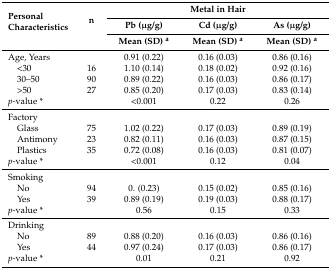
| <ROWSPAN=3> Personal Characteristics | <ROWSPAN=3> n | <COLSPAN=3> Metal in Hair |
 | Pb (μg/g) | Cd (μg/g) | As (μg/g) |
 | Mean (SD) a | Mean (SD) a | Mean (SD) a |
 | --- | --- | --- | --- | --- |
 | Age, Years |  | 0.91 (0.22) | 0.16 (0.03) | 0.86 (0.16) |
 | <30 | 16 | 1.10 (0.14) | 0.18 (0.02) | 0.92 (0.16) |
 | 30–50 | 90 | 0.89 (0.22) | 0.16 (0.03) | 0.86 (0.17) |
 | >50 | 27 | 0.85 (0.20) | 0.17 (0.03) | 0.83 (0.14) |
 | <COLSPAN=2> p-value * | <0.001 | 0.22 | 0.26 |
 | Factory |  |  |  |
 | Glass | 75 | 1.02 (0.22) | 0.17 (0.03) | 0.89 (0.19) |
 | Antimony | 23 | 0.82 (0.11) | 0.16 (0.03) | 0.87 (0.15) |
 | Plastics | 35 | 0.72 (0.08) | 0.16 (0.03) | 0.81 (0.07) |
 | <COLSPAN=2> p-value * | <0.001 | 0.12 | 0.04 |
 | Smoking |  |  |  |
 | No | 94 | 0. (0.23) | 0.15 (0.02) | 0.85 (0.16) |
 | Yes | 39 | 0.89 (0.19) | 0.19 (0.03) | 0.88 (0.17) |
 | <COLSPAN=2> p-value * | 0.56 | 0.15 | 0.33 |
 | Drinking |  |  |  |
 | No | 89 | 0.88 (0.20) | 0.16 (0.03) | 0.86 (0.16) |
 | Yes | 44 | 0.97 (0.24) | 0.17 (0.03) | 0.86 (0.17) |
 | <COLSPAN=2> p-value * | 0.01 | 0.21 | 0.92 |